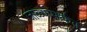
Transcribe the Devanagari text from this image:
जाळ्यामार्फत